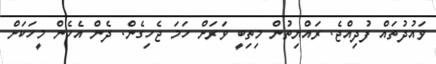
ވައުދުތައް ފުދިއްޖެ. ރައްޔިތުން މިތިބީ ވަރަށް ހަމަ ޖެހިގެން. ދެން އެހެން މީހަކަށް